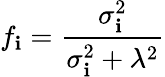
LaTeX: f_{\mathbf{i}}=\frac{{\sigma_{\mathbf{i}}^{2}}}{{\sigma_{\mathbf{i}}^{2}+\lambda^{2}}}